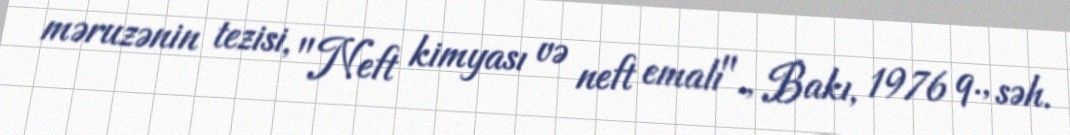
məruzənin tezisi, "Neft kimyası və neft emalı"., Bakı, 1976 q., səh.